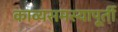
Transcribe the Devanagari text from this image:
काव्यसमस्यापूर्ती